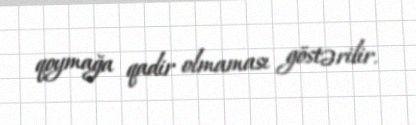
qoymağa qadir olmaması göstərilir.